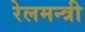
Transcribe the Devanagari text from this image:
रेलमन्त्री